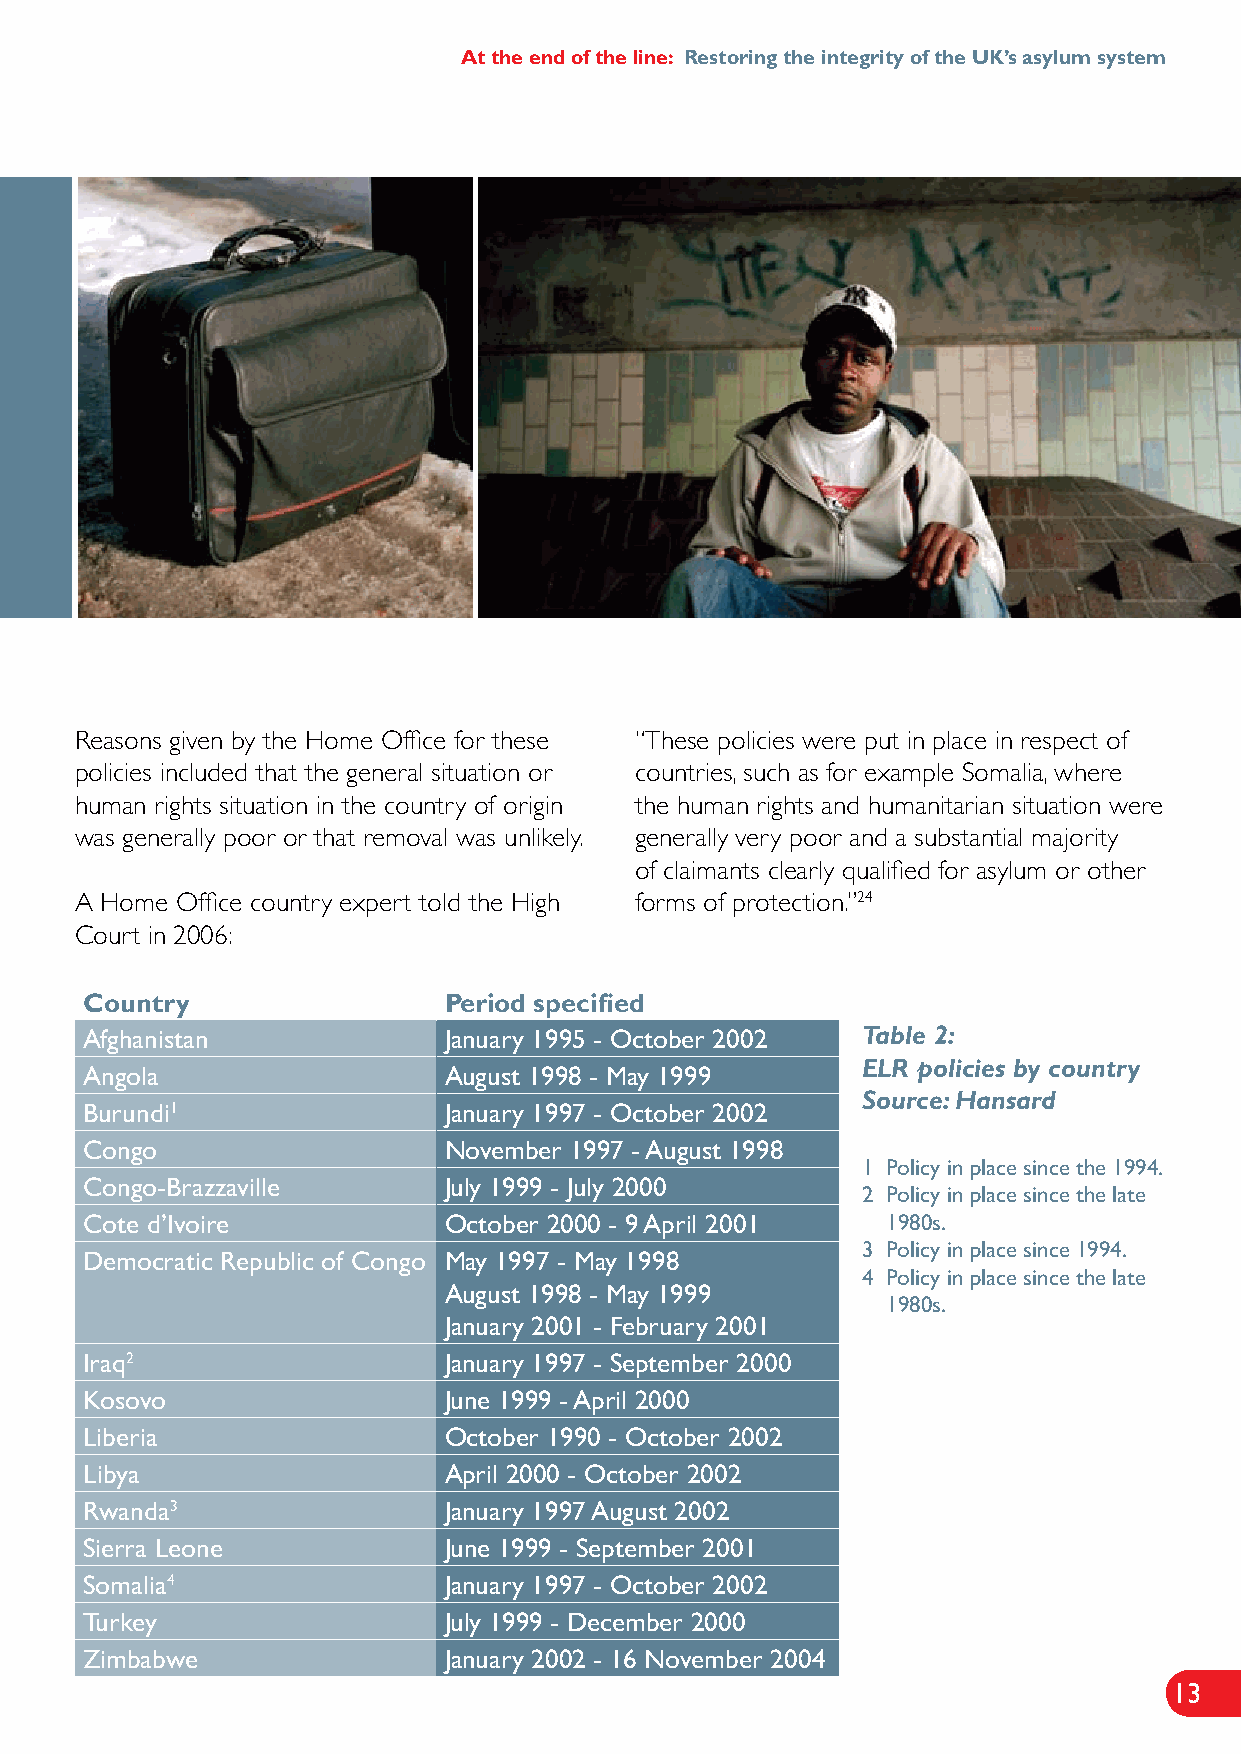
At the end of the line: Restoring the integrity of the UK’s asylum system
 Reasons given by the Home Office for these “These policies were put in place in respect of
 policies included that the general situation or countries, such as for example Somalia, where
 human rights situation in the country of origin the human rights and humanitarian situation were
 was generally poor or that removal was unlikely. generally very poor and a substantial majority
 of claimants clearly qualified for asylum or other
 A Home Office country expert told the High forms of protection.”24
 Court in 2006:
 Country                Period specified
 Afghanistan            January 1995 - October 2002 Table 2:
 ELR policies by country
 Angola                 August 1998 - May 1999
 Source: Hansard
 Burundi1               January 1997 - October 2002
 Congo                  November 1997 - August 1998
 1 Policy in place since the 1994.
 Congo-Brazzaville      July 1999 - July 2000
 2 Policy in place since the late
 Cote d’Ivoire          October 2000 - 9 April 2001   1980s.
 3 Policy in place since 1994.
 Democratic Republic of Congo May 1997 - May 1998
 4 Policy in place since the late
 August 1998 - May 1999
 1980s.
 January 2001 - February 2001
 Iraq2                  January 1997 - September 2000
 Kosovo                 June 1999 - April 2000
 Liberia                October 1990 - October 2002
 Libya                  April 2000 - October 2002
 Rwanda3                January 1997 August 2002
 Sierra Leone           June 1999 - September 2001
 Somalia4               January 1997 - October 2002
 Turkey                 July 1999 - December 2000
 Zimbabwe               January 2002 - 16 November 2004
 13